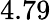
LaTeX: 4.79